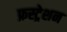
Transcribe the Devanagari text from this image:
फ्रस्ट्रेशन